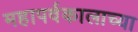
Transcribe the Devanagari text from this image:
महापर्वकालाच्या